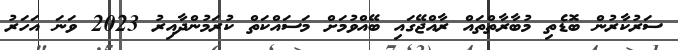
ސަރުކާރުން ބޮޑެތި މުބާރާތްތައް ރާއްޖޭގައި ބޭއްވުމަށް މަސައްކަތް ކުރަމުންދާއިރު 2023 ވަނަ އަހަރު